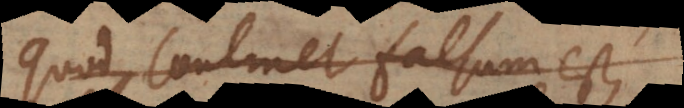
quod continet falsum est